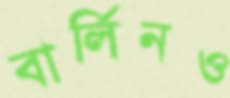
বার্লিনও